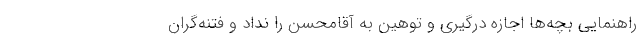
راهنمایی بچه‌ها اجازه درگیری و توهین به آقامحسن را نداد و فتنه‌گران